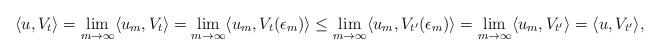
LaTeX: \begin{align*}\langle u , V_{t} \rangle = \lim_{m \to \infty} \langle u_m , V_t \rangle = \lim_{m \to \infty} \langle u_m , V_t(\epsilon_m) \rangle \le \lim_{m \to \infty} \langle u_m , V_{t'}(\epsilon_m) \rangle = \lim_{m \to \infty} \langle u_m , V_{t'} \rangle = \langle u , V_{t'} \rangle,\end{align*}